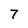
Character: 7